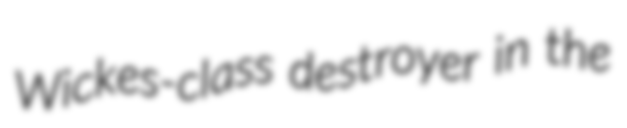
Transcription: Wickes-class destroyer in the